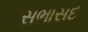
સભાસદ